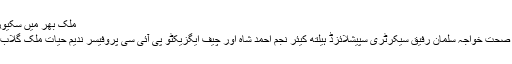
ملک بھر میں سکیورٹی کے سخت انتظامات-اردوپوائنٹ کی جانب سے اپنے ..
ہفتہ 28 مئی 2016 لاہور: مشیر وزیر اعلیٰ پنجاب برائے صحت خواجہ سلمان رفیق سیکرٹری سپیشلائزڈ ہیلتھ کیئر نجم احمد شاہ اور چیف ایگزیکٹو پی آئی سی پروفیسر ندیم حیات ملک گلاب دیوی ہسپتال میں انجیو گرافی یونٹ کا معائنہ کر رہے ہیں۔